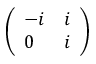
\left( \begin{array} { l l } { - i } & { i } \\ { 0 } & { i } \end{array} \right)